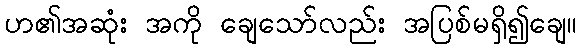
ဟ၏အဆုံး အကို ချေသော်လည်း အပြစ်မရှိ၍ချေ။